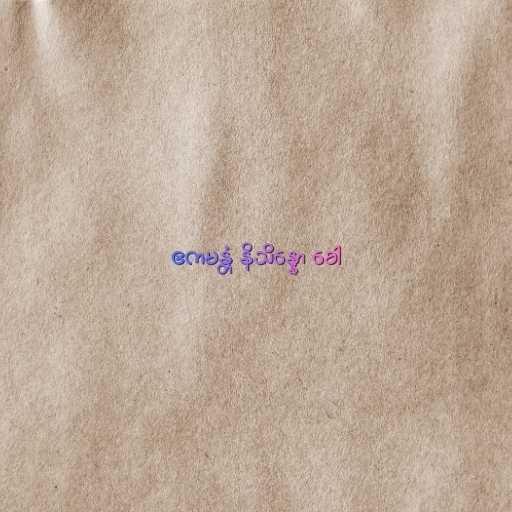
ဧကမန္တံ နိသိန္နော ခေါ